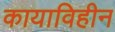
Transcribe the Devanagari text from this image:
कायाविहीन